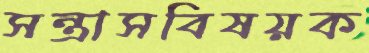
সন্ত্রাসবিষয়ক